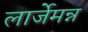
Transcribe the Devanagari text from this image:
लार्जेमन्न